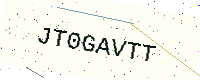
Text: JT0GAVTT